Medical and sanitary report of the native army of Madras for the year
Year: 1875
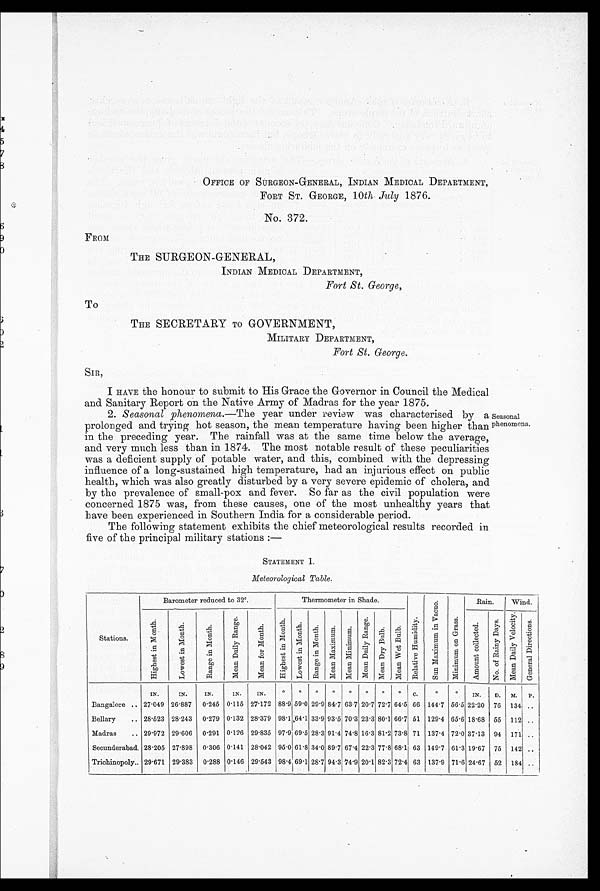
OFFICE OF SURGEON-GENERAL, INDIAN MEDICAL DEPARTMENT,
FORT ST. GEORGE, 10th July 1876.
No. 372.
FROM
THE SURGEON-GENERAL,
INDIAN MEDICAL DEPARTMENT,
Fort St. George,
THE SECRETARY TO GOVERNMENT,
MILITARY DEPARTMENT,
Fort St. George.
To
SIR,
I HAVE the honour to submit to His Grace the Governor in Council the Medical
and Sanitary Report on the Native Army of Madras for the year 1875.
2. Seasonal phenomena. —The year under review was characterised by a
prolonged and trying hot season, the mean temperature having been higher than
in the preceding year. The rainfall was at the same time below the average,
and very much less than in 1874. The most notable result of these peculiarities
was a deficient supply of potable water, and this, combined with the depressing
influence of a long-sustained high temperature, had an injurious effect on public
health, which was also greatly disturbed by a very severe epidemic of cholera, and
by the prevalence of small-pox and fever. So far as the civil population were
concerned 1875 was, from these causes, one of the most unhealthy years that
have been experienced in Southern India for a considerable period.
The following statement exhibits the chief meteorological results recorded in
five of the principal military stations :—
Seasonal
phenomena.
STATEMENT I.
Meteorological Table .
Stations.
Barometer reduced to 32°.
Thermometer in Shade.
R e l a t i v e H u m i d i t y .
S u n M a x i m u m i n V a c u o .
M i n m u m o n G r a s s .
Rain.
Wind.
H i g h e s t i n M o n t h .
L o w e s t i n M o n t h .
R a n g e i n M o n t h .
M e a n D a i l y R a n g e .
M e a n f o r M o n t h .
H i g h e s t i n M o n t h .
L o w e s t i n M o n t h .
R a n g e i n M o n t h .
M e a n M a x i m u m .
M e a n M i n i m u m
.
M e a n D a i l y R a n g e . Me a n Dr y Bu l b.
M e a n W e t B l u b .
A m o u n t c o l l e c t e d .
N o . O f R a i n y D a y s .
M e a n D a i l y V e l o c i t y .
G e n e r a l D i r e c t i o n s .
Bangalore ..
IN.
IN.
IN.
IN.
IN.°°°°°°°°C.°I N.
D.
M.
P.
27.049 26.887 0.245 0.115 27.172 88.9 59.0 29.9 84.7 63.7 20.7 72.7 64.5 66 144.7 56.5 22.20 76 134 ..
Bellary .. 28.523 28.243 0.279 0.132 28.379 98.1 64.1 33.9 93.5 70.3 23.3 80.1 66.7 51 129.4 65.6 18.68 55 112 . .
Madras .. 29.972 29.606 0.291 0.126 29.835 97.9 69.5 28.3 91.4 74.8 16.3 81.2 73.8 71 137.4 72.0 37.13 94 171 ..
Secunderabad 28.205 27.898 0.306 0.141 28.042 95.0 61.8 34.0 89.7 67.4 22.3 77.8 68.1 63 149.7 61.3 19.67 75 142 ..
Trichinopoly.. 29.671 29.383 0.288 0.146 29.543 98.4 69.1 28.7 94.3 74.9 20.1 82.3 72.4 63 137.9 71.6 24.67 52 184 ..